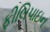
ફીલિપાઇન